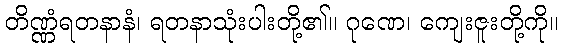
တိဏ္ဏံရတနာနံ၊ ရတနာသုံးပါးတို့၏။ ဂုဏေ၊ ကျေးဇူးတို့ကို။